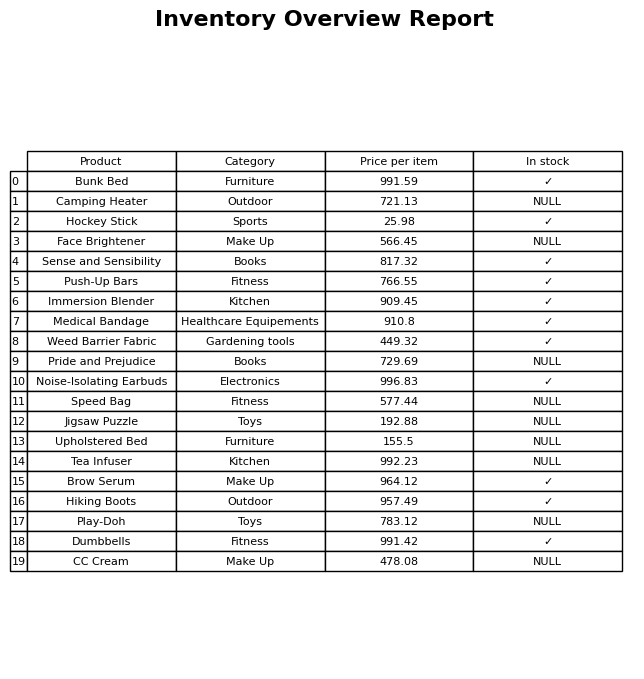
question: What is the price for Camping Heater?
answer: The price of Camping Heater is 721.13.